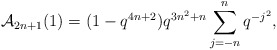
\begin{align*} \mathcal{A}_{2n+1}(1) = (1-q^{4n+2})q^{3n^2+n}\sum_{j=-n}^{n}q^{-j^2},\end{align*}